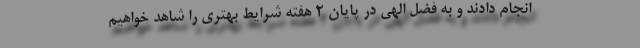
انجام دادند و به فضل الهی در پایان 2 هفته شرایط بهتری را شاهد خواهیم